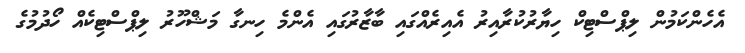
އެހެންކަމުން ލިޕްސްޓިކް ހިޔާރުކުރާއިރު އެއިރެއްގައި ބާޒާރުގައި އެންމެ ހިނގާ މަޝްހޫރު ލިޕްސްޓިކެއް ހޯދުމުގެ